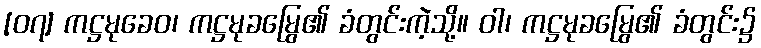
[၀၇] ကဋ္ဌမုခေဝ၊ ကဋ္ဌမုခမြွေ၏ ခံတွင်းကဲ့သို့။ ဝါ၊ ကဋ္ဌမုခမြွေ၏ ခံတွင်း၌